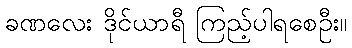
ခဏလေး ဒိုင်ယာရီ ကြည့်ပါရစေဦး။